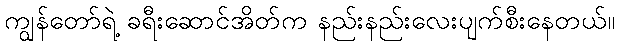
ကျွန်တော်ရဲ့ ခရီးဆောင်အိတ်က နည်းနည်းလေးပျက်စီးနေတယ်။